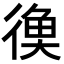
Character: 𪫔